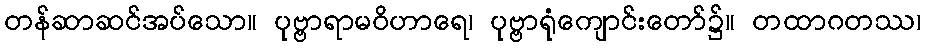
တန်ဆာဆင်အပ်သော။ ပုဗ္ဗာရာမဝိဟာရေ၊ ပုဗ္ဗာရုံကျောင်းတော်၌။ တထာဂတဿ၊